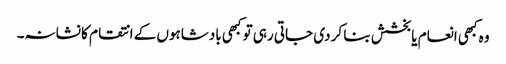
وہ کبھی انعام یا بخشش بنا کر دی جاتی رہی تو کبھی بادشاہوں کے انتقام کا نشانہ۔